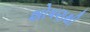
શોષણથી